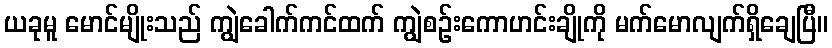
ယခုမူ မောင်မျိုးသည် ကျွဲခေါက်ကင်ထက် ကျွဲစဉ်းကောဟင်းချိုကို မက်မောလျက်ရှိချေပြီ။